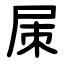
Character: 㞖